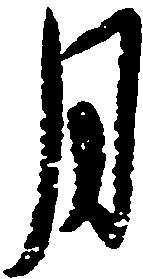
月